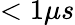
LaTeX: <1\mu s